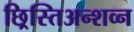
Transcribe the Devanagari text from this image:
छ्रिस्तिअन्शव्न